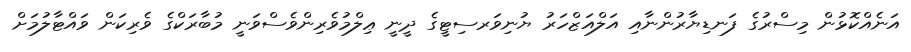
އަނެއްކޮޅުން މިސްރުގެ ފަނޑިޔާރުންނާއި އަލްއަޒްހަރު ޔުނިވަރސިޓީގެ ދީނީ ޢިލްމުވެރިންވެސްވަނީ މުބާރަކްގެ ވެރިކަން ވައްޓާލުމަށް